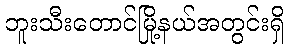
ဘူးသီးတောင်မြို့နယ်အတွင်းရှိ